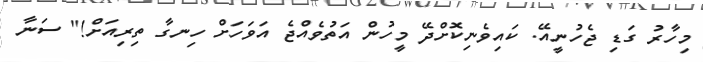
މިހާރު ގަޑި ޖެހުނީއޭ. ކައިވެނިކޮށްދޭ މީހުން އަތުވެއްޖެ އަވަހަށް ހިނގާ ތިރިއަށް!" ސަނާ